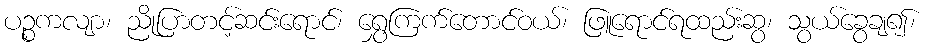
ပဉ္စကလျာ၊ ညိုပြာတင့်ဆင်းရောင်၊ ရွှေကြက်တောင်ဝယ်၊ ဖြူရောင်ရထည်းဆွ၊ သွယ်ခွေချ၍၊